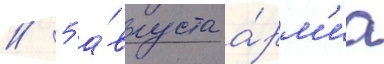
// 5 а́вгуста а́рм'иа